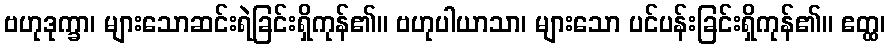
ဗဟုဒုက္ခာ၊ များသောဆင်းရဲခြင်းရှိကုန်၏။ ဗဟုပါယာသာ၊ များသော ပင်ပန်းခြင်းရှိကုန်၏။ ဧတ္ထ၊